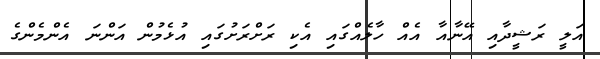
އަލީ ރަޝީދާއި އޭނާއާ އެއް ހާލެއްގައި އެކި ރަށްރަށުގައި އުޅެމުން އަންނަ އެންމެންގެ